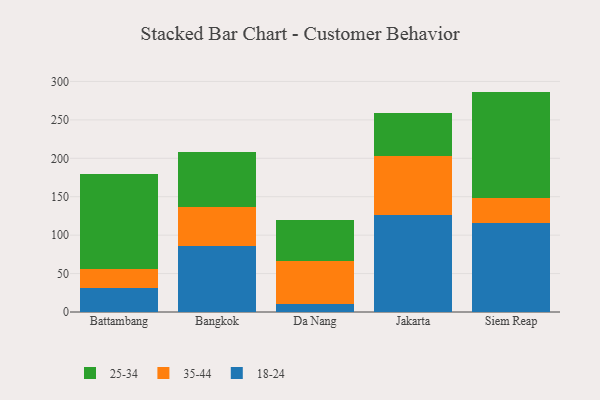
{"axis": {"x": "City", "y": "Gross Profit (USD K)"}, "legend": ["18-24", "25-34", "35-44"], "data": [{"x": "Battambang", "y": 31.5, "type": "18-24"}, {"x": "Battambang", "y": 25.0, "type": "35-44"}, {"x": "Battambang", "y": 122.8, "type": "25-34"}, {"x": "Bangkok", "y": 86.5, "type": "18-24"}, {"x": "Bangkok", "y": 49.5, "type": "35-44"}, {"x": "Bangkok", "y": 71.9, "type": "25-34"}, {"x": "Da Nang", "y": 10.1, "type": "18-24"}, {"x": "Da Nang", "y": 56.5, "type": "35-44"}, {"x": "Da Nang", "y": 53.0, "type": "25-34"}, {"x": "Jakarta", "y": 125.8, "type": "18-24"}, {"x": "Jakarta", "y": 77.1, "type": "35-44"}, {"x": "Jakarta", "y": 55.5, "type": "25-34"}, {"x": "Siem Reap", "y": 115.4, "type": "18-24"}, {"x": "Siem Reap", "y": 32.4, "type": "35-44"}, {"x": "Siem Reap", "y": 139.0, "type": "25-34"}]}